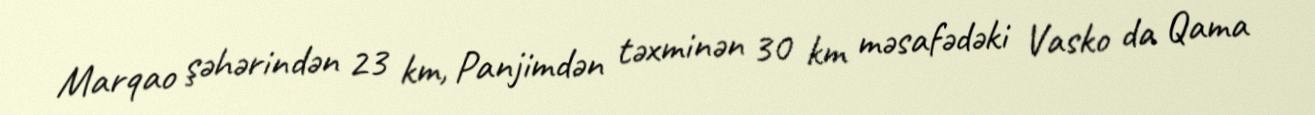
Marqao şəhərindən 23 km, Panjimdən təxminən 30 km məsafədəki Vasko da Qama